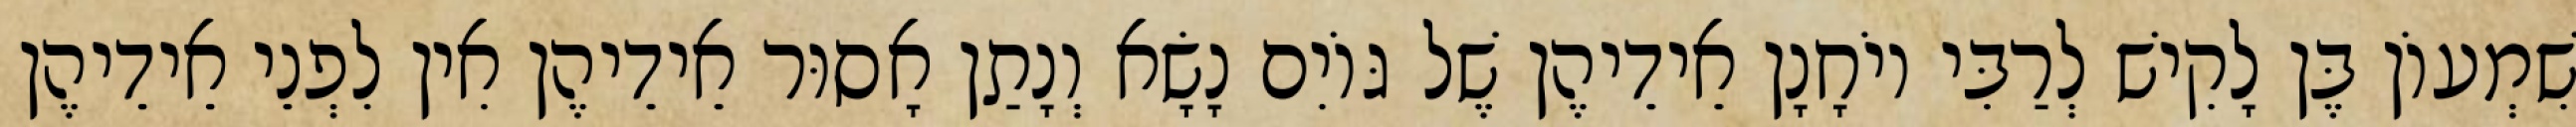
שִׁמְעוֹן בֶּן לָקִישׁ לְרַבִּי יוֹחָנָן אֵידֵיהֶן שֶׁל גּוֹיִם נָשָׂא וְנָתַן אָסוּר אֵידֵיהֶן אִין לִפְנֵי אֵידֵיהֶן